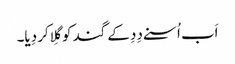
اَب اُسنے دِدِ کے گند کو گِلا کر دِیا۔